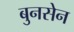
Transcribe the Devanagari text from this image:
बुनसेन